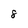
Character: 8